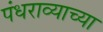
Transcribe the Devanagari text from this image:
पंधराव्याच्या